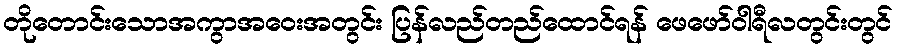
တိုတောင်းသောအကွာအဝေးအတွင်း ပြန်လည်တည်ထောင်ရန် ဖေဖော်ဝါရီလတွင်းတွင်